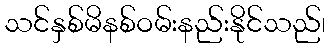
သင်နှစ်မိနစ်ဝမ်းနည်းနိုင်သည်၊